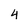
Character: 4